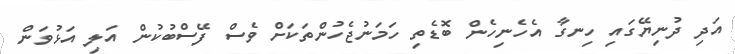
އަދި ދުނިޔޭގައި ހިނގާ އެހެނިހެން ބޮޑެތި ހަމަނުޖެހުންތަކަށް ވެސް ފޭސްބުކުން އަލި އަޅުވަން